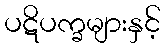
ပဋိပက္ခများနှင့်